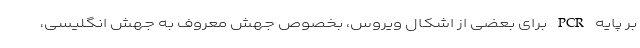
بر پایه PCR برای بعضی از اشکال ویروس، بخصوص جهش معروف به جهش انگلیسی،